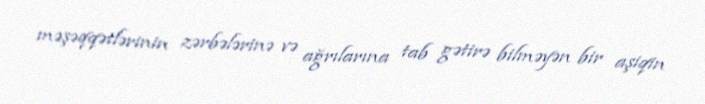
məşəqqətlərinin zərbələrinə və ağrılarına tab gətirə bilməyən bir aşiqin